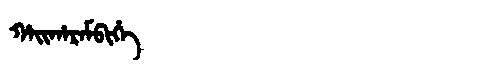
Manchu: ᡥᠠᡳᡥᠠᡵᠠᠮᠪᡳᡥᡝ
Romanization: HAIHARAMBIHE